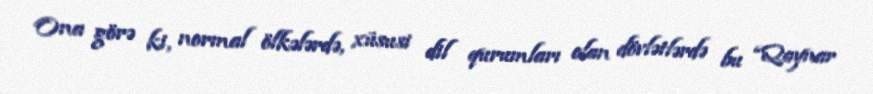
Ona görə ki, normal ölkələrdə, xüsusi dil qurumları olan dövlətlərdə bu “Qaynar